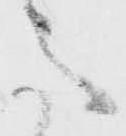
意